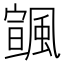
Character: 𩘒